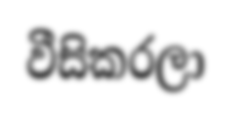
වීසිකරලා